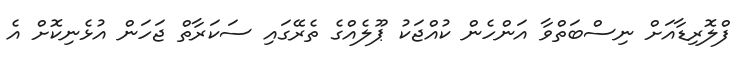
ފްލޮރިޑާއަށް ނިސްބަތްވާ އަންހެން ކުއްޖަކު ޕޫލެއްގެ ތެރޭގައި ސަކަރާތް ޖަހަން އުޅެނިކޮށް އެ